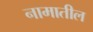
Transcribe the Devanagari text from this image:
नामातील